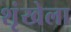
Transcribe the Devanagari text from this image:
शृंखेला